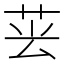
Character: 𦮚